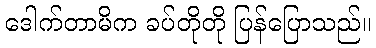
ဒေါက်တာမိက ခပ်တိုတို ပြန်ပြောသည်။